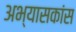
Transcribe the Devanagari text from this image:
अभ्यासकांस